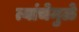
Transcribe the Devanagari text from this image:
त्यांचेमुळे